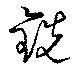
銑